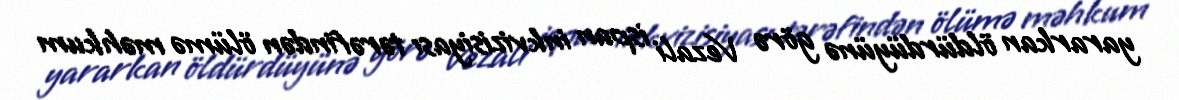
yararkan öldürdüyünə görə Vezali ispan inkvizisiyası tərəfindən ölümə məhkum